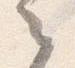
之